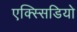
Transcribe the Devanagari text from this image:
एक्स्सिडियो